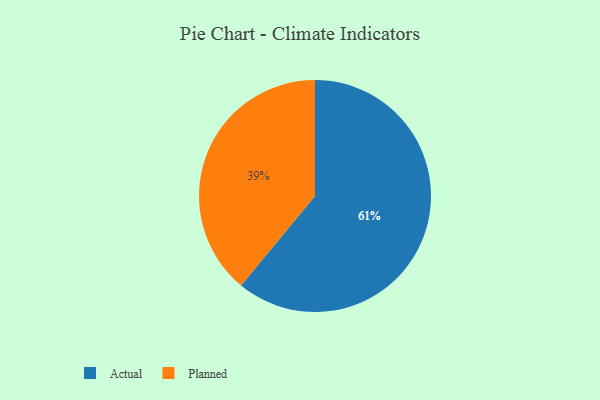
{"axis": {"x": "Category", "y": "Percentage"}, "legend": ["Actual", "Planned"], "data": [{"x": "Actual", "y": 61, "type": "Actual"}, {"x": "Planned", "y": 39, "type": "Planned"}]}